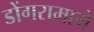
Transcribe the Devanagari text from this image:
डोंगरामागे